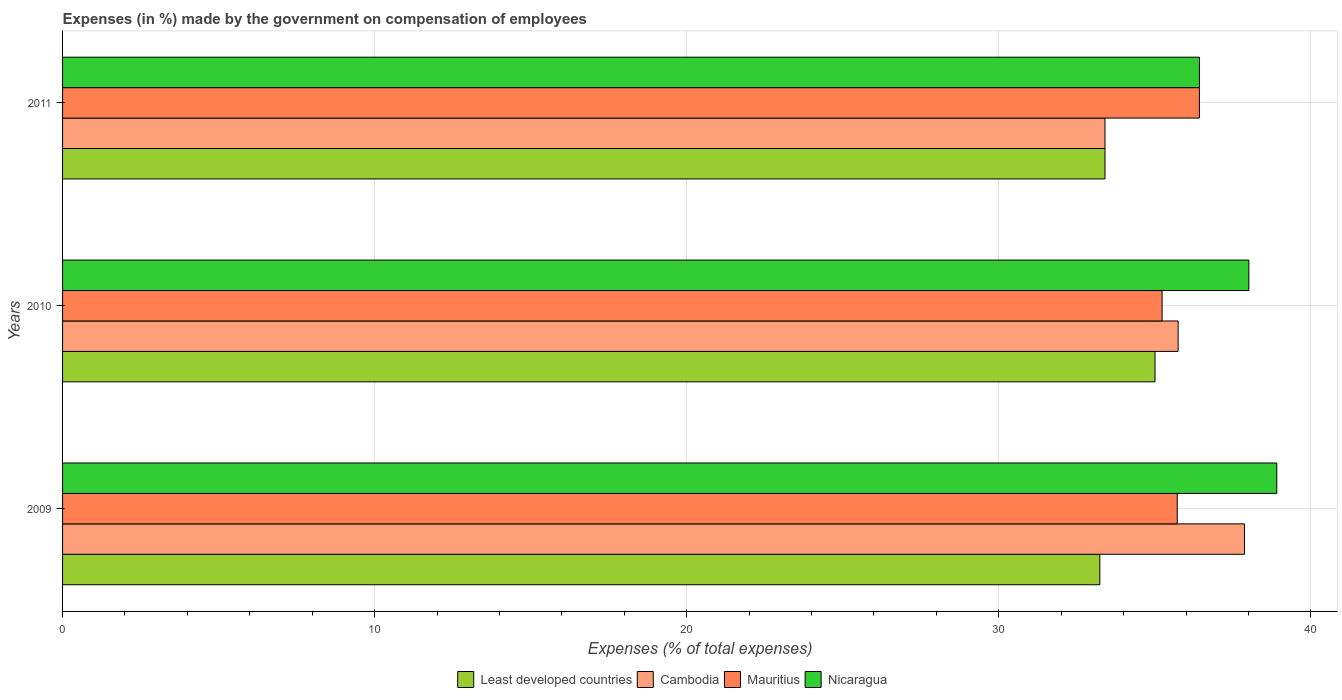
| Years | Least developed countries | Cambodia | Mauritius | Nicaragua |
 | --- | --- | --- | --- | --- |
 | 2009 | 33.2 | 37.9 | 35.7 | 38.9 |
 | 2010 | 35 | 35.7 | 35.2 | 38 |
 | 2011 | 33.4 | 33.4 | 36.4 | 36.4 |